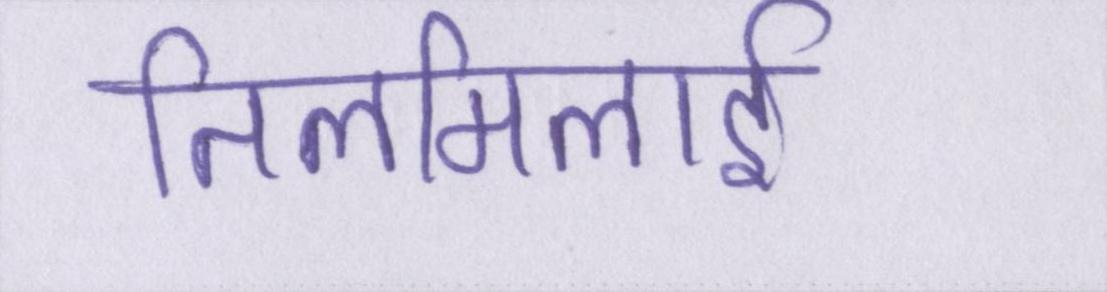
तिलमिलाई